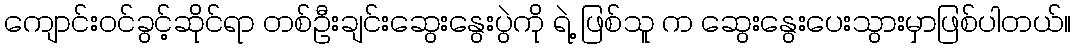
ကျောင်းဝင်ခွင့်ဆိုင်ရာ တစ်ဦးချင်းဆွေးနွေးပွဲကို ရဲ့ ဖြစ်သူ က ဆွေးနွေးပေးသွားမှာဖြစ်ပါတယ်။